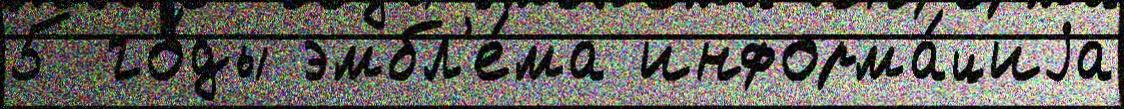
5 го́ды эмбл'е́ма информа́циjа